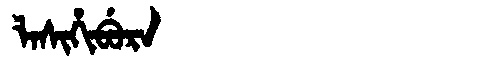
Manchu: ᠯᠠᠰᡳᡥᡳᠪᡠᡵᠠ
Romanization: LASIHIBURA